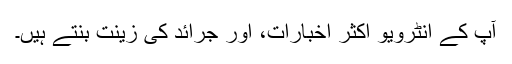
آپ کے انٹرویو اکثر اخبارات، اور جرائد کی زینت بنتے ہیں۔